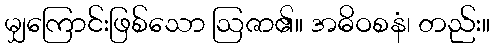
မျှကြောင်းဖြစ်သော ဩဇာ၏။ အဓိဝစနံ၊ တည်း။